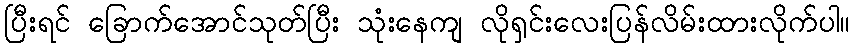
ပြီးရင် ခြောက်အောင်သုတ်ပြီး သုံးနေကျ လိုရှင်းလေးပြန်လိမ်းထားလိုက်ပါ။